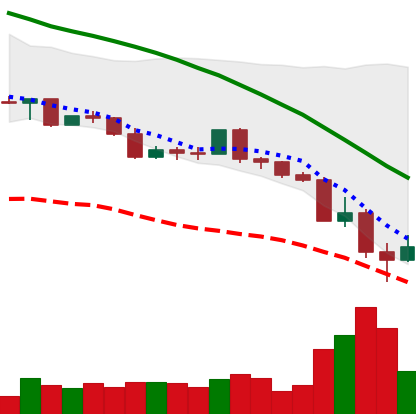
Ticker: LINK-USD
Chart end date: 2022-05-13
Forward return: -4.502%
Label: down_3_5